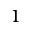
^ { 1 }